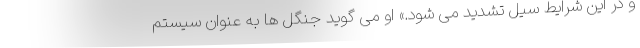
و در این شرایط سیل تشدید می شود.» او می گوید جنگل ها به عنوان سیستم